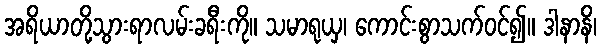
အရိယာတို့သွားရာလမ်းခရီးကို။ သမာရုယှ၊ ကောင်းစွာသက်ဝင်၍။ ဒါနာနိ၊